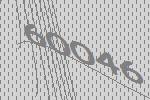
60046